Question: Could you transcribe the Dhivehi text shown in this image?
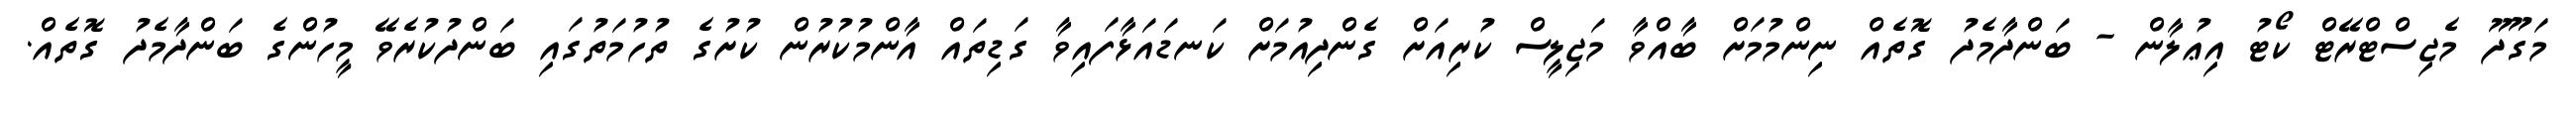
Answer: މަގޫދޫ މެޖިސްޓްރޭޓް ކޯޓު އިޢުލާން - ބަންދާމެދު ގޮތެއް ނިންމުމަށް ބާއްވާ މަޖިލީސް ކުރިއަށް ގެންދިއުމަށް ކަނޑައަޅާފައިވާ ގަޑިތައް އާންމުކުރުން ކުށުގެ ތުހުމަތުގައި ބަންދުކުރެވޭ މީހުންގެ ބަންދާމެދު ގޮތެއް.